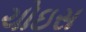
ચોઇસ